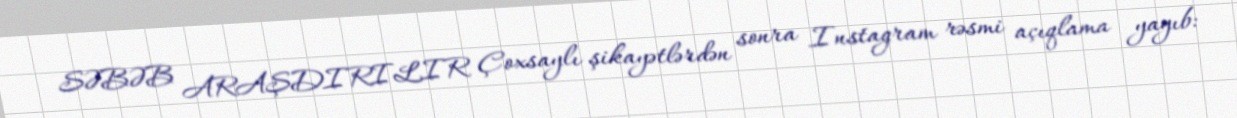
SƏBƏB ARAŞDIRILIR Çoxsaylı şikayətlərdən sonra Instagram rəsmi açıqlama yayıb: